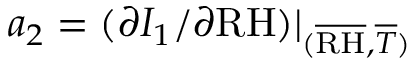
a _ { 2 } = ( \partial I _ { 1 } / \partial \mathrm { R H } ) \vert _ { ( \overline { { \mathrm { R H } } } , \overline { { T } } ) }